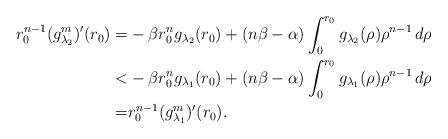
LaTeX: \begin{align*}r_0^{n-1}(g_{\lambda_2}^m)'(r_0)=&-\beta r_0^ng_{\lambda_2}(r_0)+(n\beta-\alpha)\int_0^{r_0}g_{\lambda_2}(\rho)\rho^{n-1}\,d\rho\\<&-\beta r_0^ng_{\lambda_1}(r_0)+(n\beta-\alpha)\int_0^{r_0}g_{\lambda_1}(\rho)\rho^{n-1}\,d\rho\\=&r_0^{n-1}(g_{\lambda_1}^m)'(r_0).\end{align*}